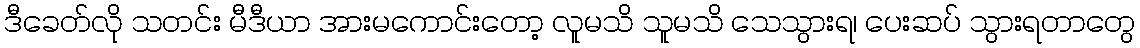
ဒီခေတ်လို သတင်း မီဒီယာ အားမကောင်းတော့ လူမသိ သူမသိ သေသွားရ၊ ပေးဆပ် သွားရတာတွေ